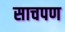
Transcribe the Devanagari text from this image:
साचपण